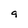
Character: g